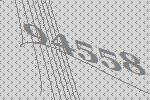
94558